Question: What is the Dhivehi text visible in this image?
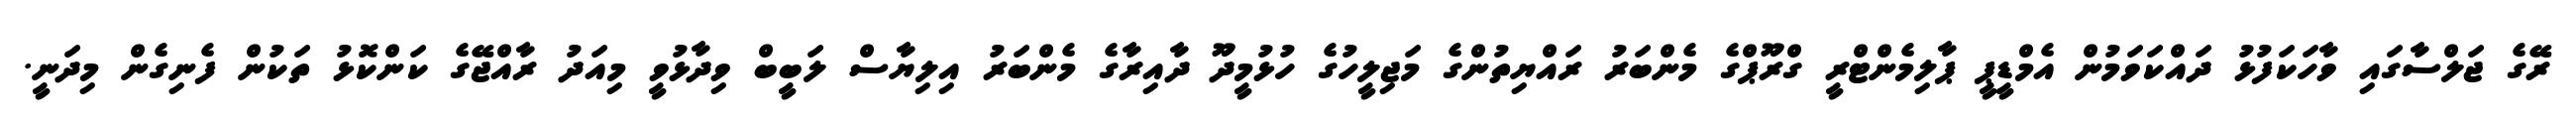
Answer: ރޭގެ ޖަލްސާގައި ވާހަކަފުޅު ދައްކަވަމުން އެމްޑީޕީ ޕާލިމެންޓްރީ ގްރޫޕްގެ މެންބަރު ރައްޔިތުންގެ މަޖިލީހުގެ ހުޅުމީދޫ ދާއިރާގެ މެންބަރު އިލިޔާސް ލަބީބް ވިދާޅުވީ މިއަދު ރާއްޖޭގެ ކަންކޮޅު ތަކުން ފެނިގެން މިދަނީ.